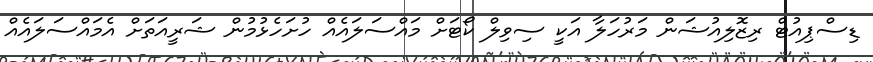
ޑިސްޕިއުޓް ރިޒޮލިއުޝަން މަރުހަލާ އަކީ ސިވިލް ކޯޓަށް މައްސަލައެއް ހުށަހެޅުމުން ޝަރީއަތަށް އެމައްސަލައެއް